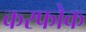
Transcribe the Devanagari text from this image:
करफोक